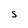
Character: S